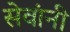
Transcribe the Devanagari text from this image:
सेवांनी